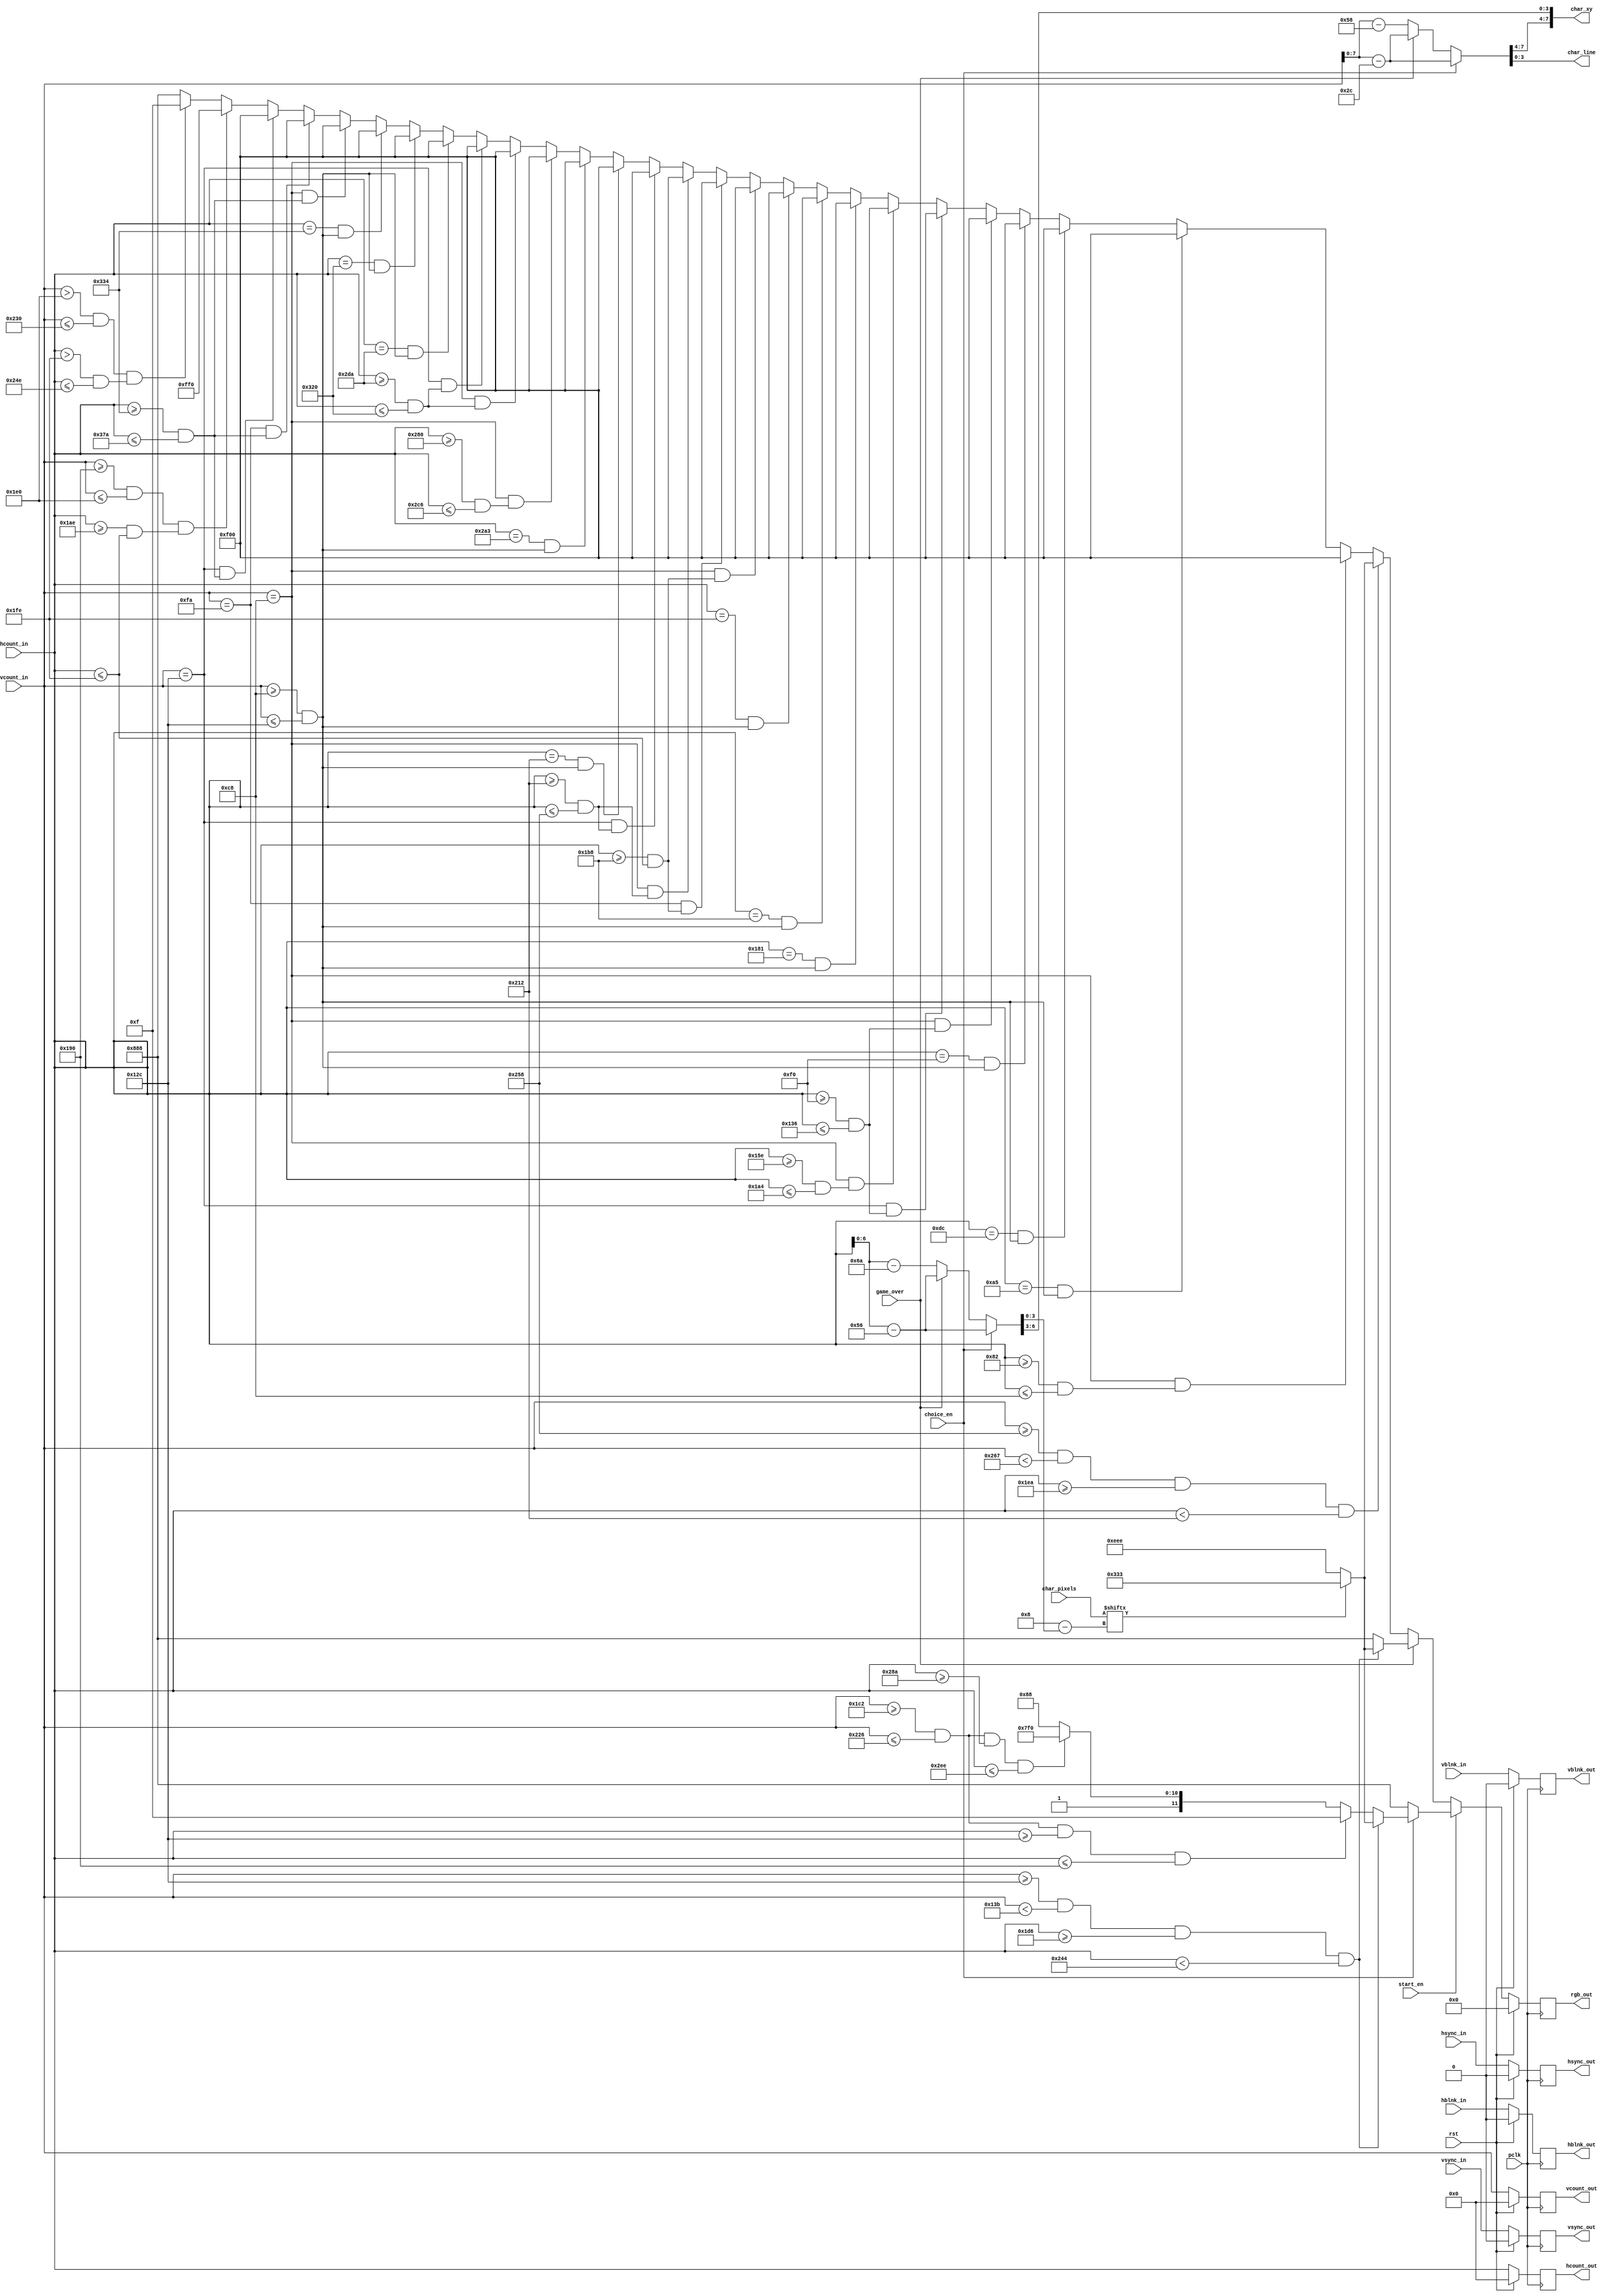
`timescale 1ns / 1ps
//////////////////////////////////////////////////////////////////////////////////
// Company: AGH UST
// Engineers: Hubert Kwaoniewski, Marcin Mistela
// 
// Design Name: 
// Module Name: draw_rect_char
// Project Name: Tic-tac-toe game
// Target Devices: 
// Tool Versions: 
// Description: 
// 
// Dependencies: 
// 
// Revision:
// Revision 0.01 - File Created
// Additional Comments:
// 
//////////////////////////////////////////////////////////////////////////////////        

module draw_rect_char(
    input wire pclk,
    input wire rst,
    input wire [10:0] hcount_in,
    input wire hsync_in,
    input wire hblnk_in,
    input wire [10:0] vcount_in,
    input wire vsync_in,
    input wire vblnk_in,
    input wire [7:0] char_pixels,
    input wire start_en,
    input wire choice_en,
    input wire game_over,
    output reg [10:0] hcount_out,
    output reg hsync_out,
    output reg hblnk_out,
    output reg [10:0] vcount_out,
    output reg vsync_out,
    output reg vblnk_out,
    output reg [11:0] rgb_out,
    output wire [7:0] char_xy,
    output wire [3:0] char_line
    );
    
    reg hsync_nxt, vsync_nxt, hblnk_nxt, vblnk_nxt;
    reg [10:0] hcount_nxt, vcount_nxt;
    wire [10:0] hcount_rect, vcount_rect;
    reg [11:0] rgb_out_nxt;
    // DISPLAY TIC TAC TOC 
//          X,Y
//          
//          
//          
//        
//          
//    p1  p38   p2  p4     p6      p7          p10   p39 p11   p13     p14  p19    p20         p25  p40   p26  p28     p29     p32    p33
//   x x x x x x    x       x x x x             x x x x x x     x x x x x    x x x x            x x x x x x     x x x x x       x x x x
//        x         x       x                        x          x       x    x                       x          x       x       x
//        x         x       x                        x          x       x    x                       x          x       x       x
//        x         x       x                        x       p15x x x x x    x                       x          x       x   p34 x x x x  p35
//        x         x       x                        x          x    p16x    x                       x          x       x       x
//        x         x       x                        x          x       x    x                       x          x       x       x
//        x         x       x x x x                  x          x       x    x x x x                 x          x x x x x       x x x x
//        p3        p5     p8     p9               p12         p17     p18   p23    p24             p27         p30     p31     p36  p37
//          
//          1024x768
//          
//  
    localparam X_DIMENSION_ROTATION = 11'd100;
    localparam Y_DIMENSION_ROTATION = 11'd100;

    localparam P1_X = 11'd30 + X_DIMENSION_ROTATION;   //P1(x,y)= (30,100)
    localparam P1_Y = 11'd100 + Y_DIMENSION_ROTATION;
    
    localparam P2_X = 11'd100 + X_DIMENSION_ROTATION;  //P2(x,y)= (100,100)
    localparam P2_Y = 11'd100 + Y_DIMENSION_ROTATION;
    
    localparam P38_X = 11'd65 + X_DIMENSION_ROTATION;   //P38(x,y) = (65, 100)
    localparam P38_Y = 11'd100 + Y_DIMENSION_ROTATION;
    
    localparam P3_X = 11'd65 + X_DIMENSION_ROTATION;   //P3(x,y)= (65,200)
    localparam P3_Y = 11'd200 + Y_DIMENSION_ROTATION;
    
    localparam P4_X = 11'd120 + X_DIMENSION_ROTATION;  //P4(x,y)= (120,100)
    localparam P4_Y = 11'd100 + Y_DIMENSION_ROTATION;
    
    localparam P5_X = 11'd120 + X_DIMENSION_ROTATION;  //P5(x,y)= (120,200)
    localparam P5_Y = 11'd200 + Y_DIMENSION_ROTATION;
    
    localparam P6_X = 11'd140 + X_DIMENSION_ROTATION; //P6(x,y)= (140,100)
    localparam P6_Y = 11'd100 + Y_DIMENSION_ROTATION;
    
    localparam P7_X = 11'd210 + X_DIMENSION_ROTATION;  //P7(x,y)= (210,100)
    localparam P7_Y = 11'd100 + Y_DIMENSION_ROTATION;
    
    localparam P8_X = 11'd140 + X_DIMENSION_ROTATION;   //P8(x,y)= (140,200)
    localparam P8_Y = 11'd200 + Y_DIMENSION_ROTATION;
    
    localparam P9_X = 11'd210 + X_DIMENSION_ROTATION;   //P9(x,y)= (210,200)
    localparam P9_Y = 11'd200 + Y_DIMENSION_ROTATION;
    
    localparam P10_X = 11'd250 + X_DIMENSION_ROTATION;  //P10(x,y)= (250,100)
    localparam P10_Y = 11'd100 + Y_DIMENSION_ROTATION;
    
    localparam P11_X = 11'd320 + X_DIMENSION_ROTATION;  //P11(x,y)= (320,100)
    localparam P11_Y = 11'd100 + Y_DIMENSION_ROTATION;
    
    localparam P39_X = 11'd285 + X_DIMENSION_ROTATION;  //P39(x,y)= (285,100)
    localparam P39_Y = 11'd100 + Y_DIMENSION_ROTATION;

    localparam P12_X = 11'd285 + X_DIMENSION_ROTATION;  //P12(x,y)= (285,200)
    localparam P12_Y = 11'd200 + Y_DIMENSION_ROTATION;
    
    localparam P13_X = 11'd340 + X_DIMENSION_ROTATION;  //P13(x,y)= (340,100)
    localparam P13_Y = 11'd100 + Y_DIMENSION_ROTATION;
    
    localparam P14_X = 11'd410 + X_DIMENSION_ROTATION;  //P14(x,y)= (410,100)
    localparam P14_Y = 11'd100 + Y_DIMENSION_ROTATION;
    
    localparam P15_X = 11'd340 + X_DIMENSION_ROTATION;  //P15(x,y)= (340,150)
    localparam P15_Y = 11'd150 + Y_DIMENSION_ROTATION;
    
    localparam P16_X = 11'd410 + X_DIMENSION_ROTATION;  //P15(x,y)= (410,150)
    localparam P16_Y = 11'd150 + Y_DIMENSION_ROTATION;
    
    localparam P17_X = 11'd340 + X_DIMENSION_ROTATION;  //P13(x,y)= (340,200)
    localparam P17_Y = 11'd200 + Y_DIMENSION_ROTATION;
    
    localparam P18_X = 11'd410 + X_DIMENSION_ROTATION;  //P18(x,y)= (410,200)
    localparam P18_Y = 11'd200 + Y_DIMENSION_ROTATION;
    
    localparam P19_X = 11'd430 + X_DIMENSION_ROTATION;  //P19(x,y)= (430,100)
    localparam P19_Y = 11'd100 + Y_DIMENSION_ROTATION;
    
    localparam P20_X = 11'd500 + X_DIMENSION_ROTATION;  //P20(x,y)= (500,100)
    localparam P20_Y = 11'd100 + Y_DIMENSION_ROTATION;
    
    localparam P23_X = 11'd430 + X_DIMENSION_ROTATION;  //P23(x,y)= (430,200)
    localparam P23_Y = 11'd200 + Y_DIMENSION_ROTATION;
    
    localparam P24_X = 11'd500 + X_DIMENSION_ROTATION; //P24(x,y)= (500,200)
    localparam P24_Y = 11'd200 + Y_DIMENSION_ROTATION;
    
    localparam P25_X = 11'd540 + X_DIMENSION_ROTATION;  //P25(x,y)= (540,100)
    localparam P25_Y = 11'd100 + Y_DIMENSION_ROTATION;
    
    localparam P26_X = 11'd610 + X_DIMENSION_ROTATION;  //P26(x,y)= (610,100)
    localparam P26_Y = 11'd100 + Y_DIMENSION_ROTATION;
    
    localparam P40_X = 11'd575 + X_DIMENSION_ROTATION;  //P40(x,y)= (575,100)
    localparam P40_Y = 11'd100 + Y_DIMENSION_ROTATION;
    
    localparam P27_X = 11'd575 + X_DIMENSION_ROTATION;  //P27(x,y)= (575,150)
    localparam P27_Y = 11'd200 + Y_DIMENSION_ROTATION;
    
    localparam P28_X = 11'd630 + X_DIMENSION_ROTATION;  //P28(x,y)= (630,100)
    localparam P28_Y = 11'd100 + Y_DIMENSION_ROTATION;
    
    localparam P29_X = 11'd700 + X_DIMENSION_ROTATION;  //P29(x,y)= (700,100)
    localparam P29_Y = 11'd100 + Y_DIMENSION_ROTATION;
    
    localparam P30_X = 11'd630 + X_DIMENSION_ROTATION;  //P30(x,y)= (630,200)
    localparam P30_Y = 11'd200 + Y_DIMENSION_ROTATION;
    
    localparam P31_X = 11'd700 + X_DIMENSION_ROTATION;  //P31(x,y)= (700,200)
    localparam P31_Y = 11'd200 + Y_DIMENSION_ROTATION;
    
    localparam P32_X = 11'd720 + X_DIMENSION_ROTATION;  //P32(x,y)= (720,100)
    localparam P32_Y = 11'd100 + Y_DIMENSION_ROTATION;
    
    localparam P33_X = 11'd790 + X_DIMENSION_ROTATION;  //P33(x,y)= (790,100)
    localparam P33_Y = 11'd100 + Y_DIMENSION_ROTATION;
    
    localparam P34_X = 11'd720 + X_DIMENSION_ROTATION;  //P34(x,y)= (720,150)
    localparam P34_Y = 11'd150 + Y_DIMENSION_ROTATION;
    
    localparam P35_X = 11'd790 + X_DIMENSION_ROTATION;  //P35(x,y)= (790,150)
    localparam P35_Y = 11'd150 + Y_DIMENSION_ROTATION;
    
    localparam P36_X = 11'd720 + X_DIMENSION_ROTATION;  //P36(x,y)= (720,200)
    localparam P36_Y = 11'd200 + Y_DIMENSION_ROTATION;
    
    localparam P37_X = 11'd790 + X_DIMENSION_ROTATION;  //P37(x,y)= (790,200)
    localparam P37_Y = 11'd200 + Y_DIMENSION_ROTATION;
    
    localparam M1_X = 11'd430;
    localparam M1_Y = 11'd400;
    
    localparam M3_X = 11'd510;
    localparam M3_Y = 11'd480;
       
    localparam M4_X = 11'd590;
    localparam M4_Y = 11'd560;
    
    
    localparam WIDTH = 40;
    localparam LENGTH = 15;
    localparam LETTERS_COLOR = 12'h3_3_3;
    localparam BACKGROUND_COLOR = 12'he_e_e;
    localparam RED_COLOR = 12'hf_0_0;
    localparam YELLOW_COLOR = 12'hf_f_0;
    localparam BLUE_COLOR = 12'h0_0_f;
    localparam RECT_X_POS = 490;
    localparam RECT_Y_POS = 600;
    
    always@(posedge pclk)
    begin
        if(rst)
        begin
            hcount_out <= 0;
            hsync_out <= 0;
            hblnk_out <= 0;
            vcount_out <= 0;
            vsync_out <= 0;
            vblnk_out <= 0;
            rgb_out <= 0;
        end
        else
        begin
            hcount_out <= hcount_nxt;
            hsync_out <= hsync_nxt;
            hblnk_out <= hblnk_nxt;
            vcount_out <= vcount_nxt;
            vsync_out <= vsync_nxt;
            vblnk_out <= vblnk_nxt;
            rgb_out <= rgb_out_nxt;
        end
    end
    
    always@*
    begin
        hblnk_nxt = hblnk_in;
        vblnk_nxt = vblnk_in;
        vsync_nxt = vsync_in;
        hsync_nxt = hsync_in;
        hcount_nxt = hcount_in;
        vcount_nxt = vcount_in;
        
        if(~start_en)
        begin
            if(~game_over)
            begin
                if((vcount_in >= RECT_Y_POS) && (vcount_in < RECT_Y_POS + LENGTH) && (hcount_in >= RECT_X_POS) && (hcount_in < RECT_X_POS + WIDTH))
                begin
                    if(char_pixels[4'b1000 - hcount_rect[3:0]])
                        rgb_out_nxt = LETTERS_COLOR;
                    else
                        rgb_out_nxt = BACKGROUND_COLOR;
                end
                //line p1 - p2
                else if(vcount_in == P1_Y && (hcount_in >= P1_X && hcount_in <= P2_X))//horizontal
                    begin
                        rgb_out_nxt = RED_COLOR;
                    end
                //line p38 - p3
                else if(hcount_in == P3_X && (vcount_in >= P38_Y && vcount_in <= P3_Y))//vertical
                    begin
                        rgb_out_nxt = RED_COLOR;
                    end
                //line p4 - p5
                else if(hcount_in == P4_X && (vcount_in >= P4_Y && vcount_in <= P5_Y))//vertical
                    begin
                        rgb_out_nxt = RED_COLOR;
                    end
                //line p6 - p8
                else if(hcount_in == P6_X && (vcount_in >= P6_Y && vcount_in <= P8_Y))//vertical
                    begin
                        rgb_out_nxt = RED_COLOR;
                    end
                //line p6 - p7
                else if(vcount_in == P6_Y && (hcount_in >= P6_X && hcount_in <= P7_X))//horizontal
                    begin
                        rgb_out_nxt = RED_COLOR;
                    end
                //line p8 - p9
                else if(vcount_in == P8_Y && (hcount_in >= P8_X && hcount_in <= P9_X))//horizontal
                    begin
                        rgb_out_nxt = RED_COLOR;
                    end
                //line p10 - p11
                else if(vcount_in == P10_Y && (hcount_in >= P10_X && hcount_in <= P11_X))//horizontal
                    begin
                        rgb_out_nxt = RED_COLOR;
                    end
                //line p39 - p12
                else if(hcount_in == P12_X && (vcount_in >= P39_Y && vcount_in <= P12_Y))//vertical
                    begin
                        rgb_out_nxt = RED_COLOR;
                    end
                //line p13 - p17
                else if(hcount_in == P13_X && (vcount_in >= P13_Y && vcount_in <= P17_Y))//vertical
                    begin
                        rgb_out_nxt = RED_COLOR;
                    end
                //line p14- p18
                else if(hcount_in == P14_X && (vcount_in >= P14_Y && vcount_in <= P18_Y))//vertical
                    begin
                        rgb_out_nxt = RED_COLOR;
                    end
                //line p14- p13
                else if(vcount_in == P14_Y && (hcount_in >= P13_X && hcount_in <= P14_X))//horizontal
                    begin
                        rgb_out_nxt = RED_COLOR;
                    end
                //line p15- p16
                else if(vcount_in == P15_Y && (hcount_in >= P15_X && hcount_in <= P16_X))//horizontal
                    begin
                        rgb_out_nxt = RED_COLOR;
                    end
                //line p19- p20
                else if(vcount_in == P19_Y && (hcount_in >= P19_X && hcount_in <= P20_X))//horizontal
                    begin
                        rgb_out_nxt = RED_COLOR;
                    end    
               //line p23- p24
                else if(vcount_in == P23_Y && (hcount_in >= P23_X && hcount_in <= P24_X))//horizontal
                    begin
                        rgb_out_nxt = RED_COLOR;
                    end
                //line p19- p23
                else if(hcount_in == P23_X && (vcount_in >= P19_Y && vcount_in <= P23_Y))//vertical
                    begin
                        rgb_out_nxt = RED_COLOR;
                    end
               //line p40- p27
                else if(hcount_in == P27_X && (vcount_in >= P40_Y && vcount_in <= P27_Y))//vertical
                    begin
                        rgb_out_nxt = RED_COLOR;
                    end
                //line p25- p26
                else if(vcount_in == P25_Y && (hcount_in >= P25_X && hcount_in <= P26_X))//horizontal
                    begin
                        rgb_out_nxt = RED_COLOR;
                    end
               //line p28- p29
                else if(vcount_in == P28_Y && (hcount_in >= P28_X && hcount_in <= P29_X))//horizontal
                    begin
                        rgb_out_nxt = RED_COLOR;
                    end
               //line p30- p31
                else if(vcount_in == P30_Y && (hcount_in >= P30_X && hcount_in <= P31_X))//horizontal
                    begin
                        rgb_out_nxt = RED_COLOR;
                    end
                //line p28- p30
                else if(hcount_in == P30_X && (vcount_in >= P28_Y && vcount_in <= P30_Y))//vertical
                    begin
                        rgb_out_nxt = RED_COLOR;
                    end
                //line p29- p31
                else if(hcount_in == P29_X && (vcount_in >= P29_Y && vcount_in <= P31_Y))//vertical
                    begin
                        rgb_out_nxt = RED_COLOR;
                    end
                //line p32- p36
                else if(hcount_in == P32_X && (vcount_in >= P32_Y && vcount_in <= P36_Y))//vertical
                    begin
                        rgb_out_nxt = RED_COLOR;
                    end
               //line p32- p33
                else if(vcount_in == P32_Y && (hcount_in >= P32_X && hcount_in <= P33_X))//horizontal
                    begin
                        rgb_out_nxt = RED_COLOR;
                    end
               //line p34- p35
                else if(vcount_in == P34_Y && (hcount_in >= P34_X && hcount_in <= P35_X))//horizontal
                    begin
                        rgb_out_nxt = RED_COLOR;
                    end
                //line p36- p37
                else if(vcount_in == P36_Y && (hcount_in >= P36_X && hcount_in <= P37_X))//horizontal
                    begin
                        rgb_out_nxt = RED_COLOR;
                    end
                //square
                else if((vcount_in >= M1_Y && vcount_in <= M3_Y) && (hcount_in >= M1_X && hcount_in <= M3_X))
                    begin
                        rgb_out_nxt = YELLOW_COLOR;
                    end
               //square
                else if((vcount_in > M3_Y && vcount_in <= M4_Y) && (hcount_in > M3_X && hcount_in <= M4_X))
                    begin
                        rgb_out_nxt = BLUE_COLOR;
                    end
                else
                begin
                    rgb_out_nxt = 12'h8_8_8;
                end
             end
             else
             begin
                if((vcount_in >= 300) && (vcount_in < 300 + LENGTH) && (hcount_in >= 470) && (hcount_in < 470 + 110))
                begin
                    if(char_pixels[4'b1000 - hcount_rect[3:0]])
                        rgb_out_nxt = LETTERS_COLOR;
                    else
                        rgb_out_nxt = BACKGROUND_COLOR;
                end
                else
                begin
                    rgb_out_nxt = 12'h8_8_8;
                end
             end
        end
        else if(choice_en)
        begin
            if((vcount_in >= 300) && (vcount_in < 300 + LENGTH) && (hcount_in >= 470) && (hcount_in < 470 + 110))
            begin
                if(char_pixels[4'b1000 - hcount_rect[3:0]])
                    rgb_out_nxt = LETTERS_COLOR;
                else
                    rgb_out_nxt = BACKGROUND_COLOR;
            end
            else if((vcount_in >= 450) && (vcount_in <= 550) && (hcount_in >= 300) && (hcount_in <= 400))
            begin
                rgb_out_nxt = 12'h0_0_f;
            end
            else if((vcount_in >= 450) && (vcount_in <= 550) && (hcount_in >= 650) && (hcount_in <= 750))
            begin
                rgb_out_nxt = 12'hf_f_0;
            end
            else
            begin
                rgb_out_nxt = 12'h8_8_8;
            end
        end
        else
        begin
            rgb_out_nxt = 12'h8_8_8;
        end
    end
    
    assign vcount_rect = choice_en ? (vcount_in - 300) : game_over ? (vcount_in - 300) : (vcount_in - RECT_Y_POS);
    assign hcount_rect = choice_en ? (hcount_in - 470) : game_over ? (hcount_in - 470) : (hcount_in - RECT_X_POS);
    assign char_xy = {vcount_rect[7:4], hcount_rect[6:3]};
    assign char_line = vcount_rect[3:0];
    
endmodule